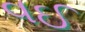
વઈ